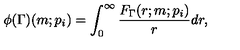
\phi ( \Gamma ) ( m ; p _ { i } ) = \int _ { 0 } ^ { \infty } \frac { F _ { \Gamma } ( r ; m ; p _ { i } ) } { r } d r ,